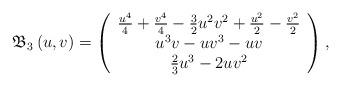
LaTeX: \begin{align*}\mathfrak{B}_{3}\left( u,v\right) =\left( \begin{array}{c}\frac{u^{4}}{4}+\frac{v^{4}}{4}-\frac{3}{2}u^{2}v^{2}+\frac{u^{2}}{2}-\frac{v^{2}}{2} \\ u^{3}v-uv^{3}-uv \\ \frac{2}{3}u^{3}-2uv^{2}\end{array}\right) , \end{align*}